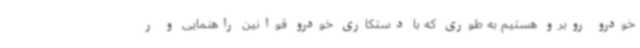
خودرو روبرو هستیم به طوری که با دستکاری خودرو قوانین راهنمایی و ر